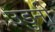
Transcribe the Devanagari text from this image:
उडुनी